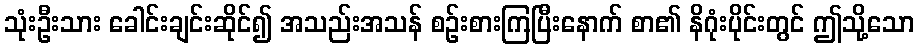
သုံးဦးသား ခေါင်းချင်းဆိုင်၍ အသည်းအသန် စဉ်းစားကြပြီးနောက် စာ၏ နိဂုံးပိုင်းတွင် ဤသို့သော